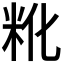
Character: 𬖒